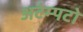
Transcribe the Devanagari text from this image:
अटेम्पटो